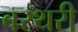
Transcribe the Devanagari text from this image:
बरथरी